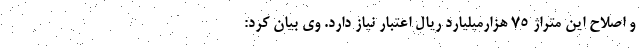
و اصلاح این متراژ ۷۵ هزارمیلیارد ریال اعتبار نیاز دارد. وی بیان کرد: